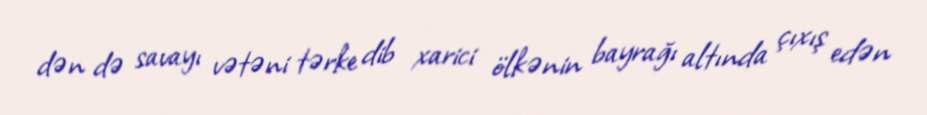
dən də savayı vətəni tərke dib xarici ölkənin bayrağı altında çıxış edən